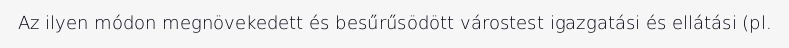
Az ilyen módon megnövekedett és besűrűsödött várostest igazgatási és ellátási (pl.